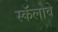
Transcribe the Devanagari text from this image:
स्कॅलोवे